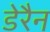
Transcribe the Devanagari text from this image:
डेरैन